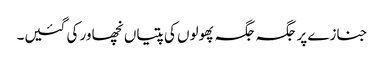
جنازے پر جگہ جگہ پھولوں کی پتیاں نچھاور کی گئیں۔